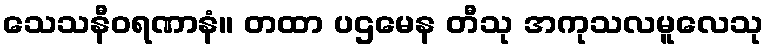
သေသနီဝရဏာနံ။ တထာ ပဌမေန တီသု အကုသလမူလေသု